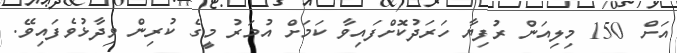
އަށް 150 މިލިއަން ރުފިޔާ ހަރަދުކޮށްފައިވާ ކަމަށް އުމަރު މީގެ ކުރިން ވިދާޅުވެފައިވޭ.